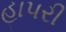
હાપરી